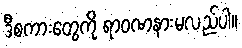
ဒီစကားတွေကို ရာဝဏနားမလည်ပါ။